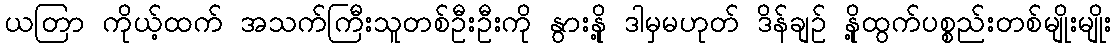
ယတြာ ကိုယ့်ထက် အသက်ကြီးသူတစ်ဦးဦးကို နွားနို့ ဒါမှမဟုတ် ဒိန်ချဥ် နို့ထွက်ပစ္စည်းတစ်မျိုးမျိုး